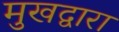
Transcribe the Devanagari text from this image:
मुखद्वारा